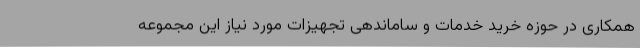
همکاری در حوزه خرید خدمات و ساماندهی تجهیزات مورد نیاز این مجموعه